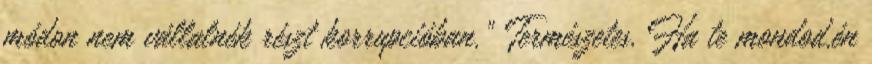
módon nem vállalnék részt korrupcióban." Természetes. Ha te mondod.én